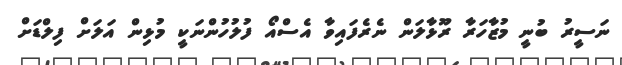
ނަސީރު ބުނީ މުޒާހަރާ ރޫޅާލަން ނެރެފައިވާ އެސްއޯ ފުލުހުންނަކީ މުޅިން އަލަށް ފިލްޑަށް